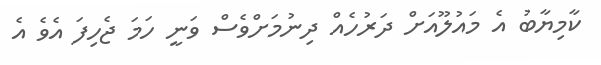
ކާމިޔާބު އެ މައުލޫއަށް ދަރުހެއް ދިނުމަށްވެސް ވަނީ ހަމަ ޖެހިފަ އެވެ އެ